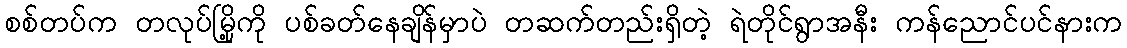
စစ်တပ်က တလုပ်မြို့ကို ပစ်ခတ်နေချိန်မှာပဲ တဆက်တည်းရှိတဲ့ ရဲတိုင်ရွာအနီး ကန်ညောင်ပင်နားက